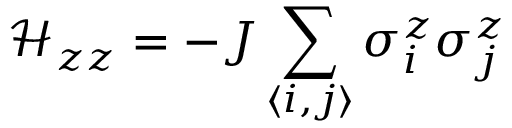
\mathcal { H } _ { z z } = - J \sum _ { \langle i , j \rangle } \sigma _ { i } ^ { z } \sigma _ { j } ^ { z }